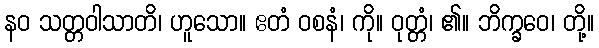
နဝ သတ္တဝါသာတိ၊ ဟူသော။ ဧတံ ဝစနံ၊ ကို။ ဝုတ္တံ၊ ၏။ ဘိက္ခဝေ၊ တို့။